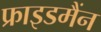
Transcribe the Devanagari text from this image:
फ्राइडमैंन